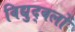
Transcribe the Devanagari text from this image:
विद्युद्बलों